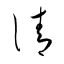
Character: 清